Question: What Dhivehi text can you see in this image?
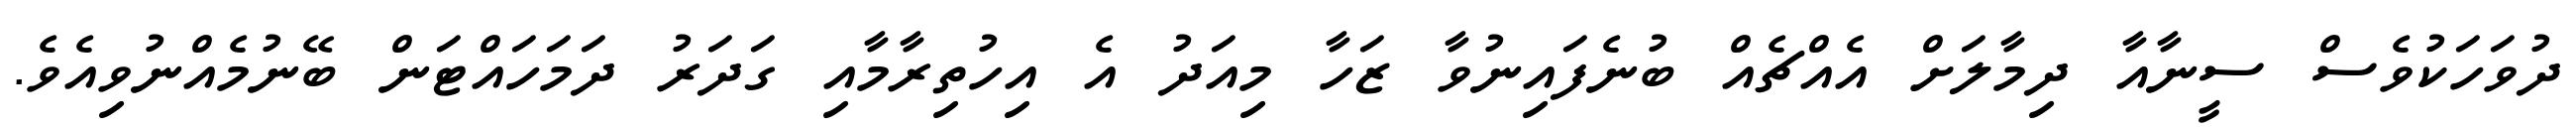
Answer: ދުވަހަކުވެސް ސީނާއާ ދިމާލަށް އެއްޗެއް ބުނެފައިނުވާ ޒަހާ މިއަދު އެ އިހުތިރާމާއި ގަދަރު ދަމަހައްޓަން ބޭނުމެއްނުވިއެވެ.